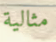
مثالية